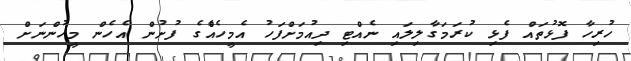
ހުރިހާ ފޮޅުތައް ފެޅި ކުރަމަގާލިލައި ނެއްޓި ދިއުމަށްފަހު އެމީހެއްެގެ ފުށުން އެހެން މީހުންނަށް